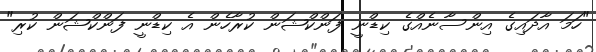
"ހަމަ އާދައިގެ އިންސާނެއްގެ ކިޑްނީ ފަންކްޝަން ކުރާހެން އެ ކިޑްނީ ފަންކްޝަން ކުރި"